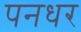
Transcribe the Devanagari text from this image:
पनधर